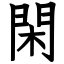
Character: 閑